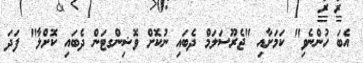
އެބަ ހުންނެވި" ކަމަށާއި "ޖެރޫސަލަމް ދެބައި ނުކޮށް ވޮޝިންގޓަން ދެބައި ކޮށްލާ" ފަދަ